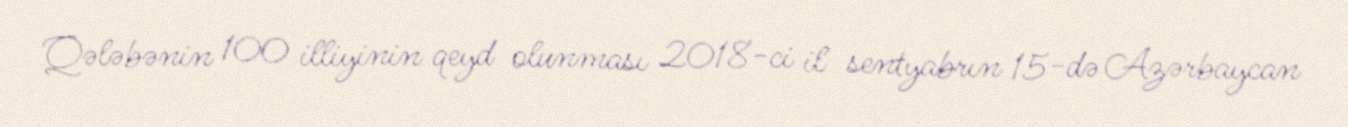
Qələbənin 100 illiyinin qeyd olunması 2018-ci il sentyabrın 15-də Azərbaycan